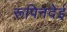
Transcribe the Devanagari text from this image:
रूपिनदेई